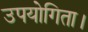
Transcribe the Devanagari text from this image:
उपयोगिता।